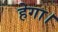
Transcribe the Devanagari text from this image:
हेगा।